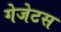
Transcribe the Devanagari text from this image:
गेजेटस